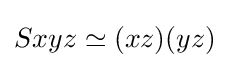
Sxyz\simeq (xz)(yz)